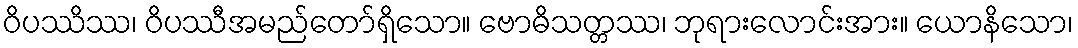
ဝိပဿိဿ၊ ဝိပဿီအမည်တော်ရှိသော။ ဗောဓိသတ္တဿ၊ ဘုရားလောင်းအား။ ယောနိသော၊